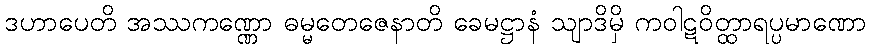
ဒဟာပေတိ အဿကဏ္ဏော ဓမ္မတေဇေနာတိ ခေမဋ္ဌာနံ သျာဒိမှိ ကဝါဋဝိတ္ထာရပ္ပမာဏော